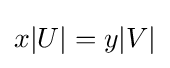
x|U|=y|V|